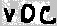
Text: VDC